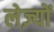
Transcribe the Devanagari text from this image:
लेज़्यों